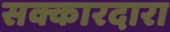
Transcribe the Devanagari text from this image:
सक्कारदारा